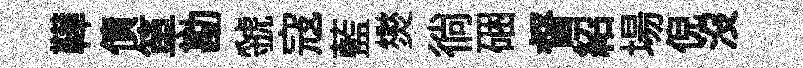
鞾債箪勘虢寇藍爕徜硱督紹場倪沒